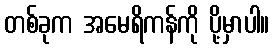
တစ်ခုက အမေရိကန်ကို ပို့မှာပါ။